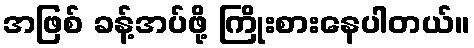
အဖြစ် ခန့်အပ်ဖို့ ကြိုးစားနေပါတယ်။